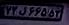
۷۲ل۶۶۵۵۳